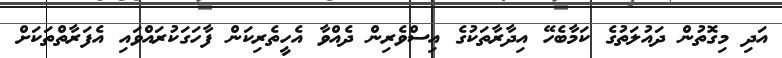
އަދި މިގޮތުން ދައުލަތުގެ ކަމާބެހޭ އިދާރާތަކުގެ އިސްވެރިން ދެއްވާ އެހީތެރިކަން ފާހަގަކުރައްވައި އެފަރާތްތަކަށް